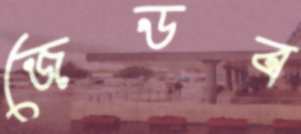
জেডব